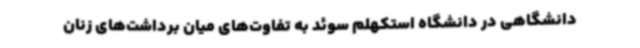
دانشگاهی در دانشگاه استکهلم سوئد به تفاوت‌های میان برداشت‌های زنان